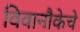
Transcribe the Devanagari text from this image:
विवानौकेचे